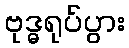
ဗုဒ္ဓရုပ်ပွား